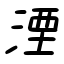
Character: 湮